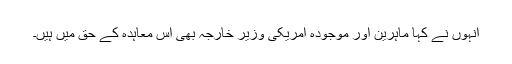
انہوں نے کہا ماہرین اور موجودہ امریکی وزیر خارجہ بھی اس معاہدہ کے حق میں ہیں۔